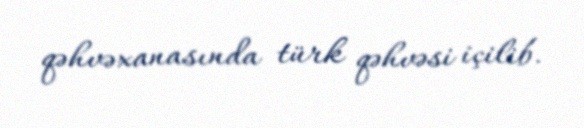
qəhvəxanasında türk qəhvəsi içilib.